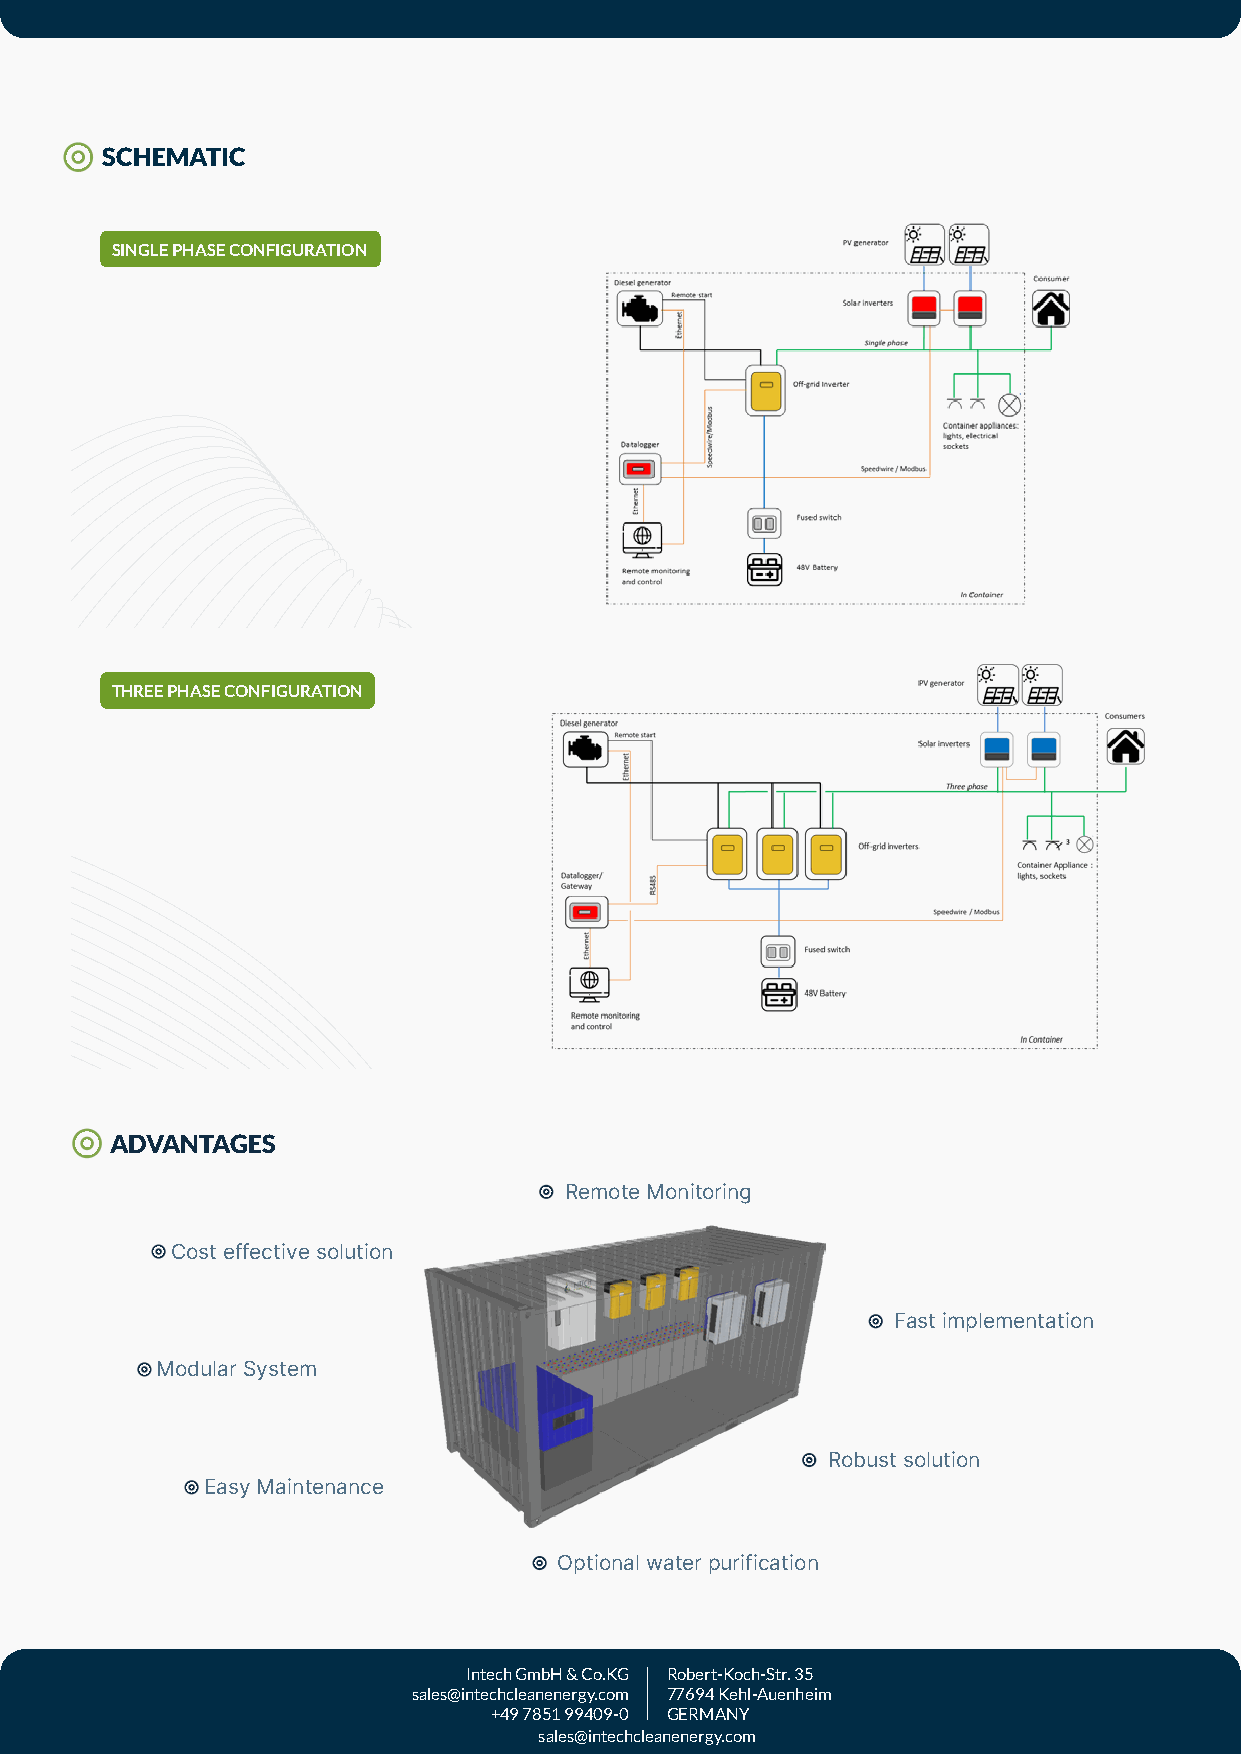
SCHEMATIC
 SINGLE PHASE CONFIGURATION
 THREE PHASE CONFIGURATION
 ADVANTAGES
 Remote Monitoring
 Cost effective solution
 Fast implementation
 Modular System
 Robust solution
 Easy Maintenance
 Optional water purification
 Intech GmbH & Co.KG Robert-Koch-Str. 35
 sales@intechcleanenergy.com 77694 Kehl-Auenheim
 +49 7851 99409-0 GERMANY
 sales@intechcleanenergy.com